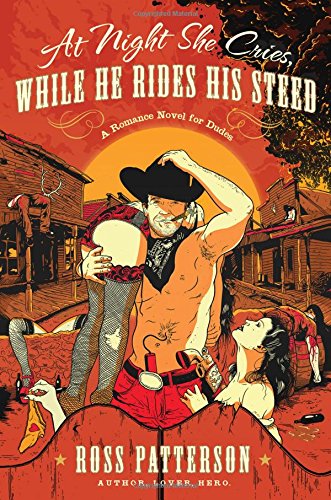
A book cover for At Night She Cries, While He Rides His Steed; Ross Patterson; Romance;